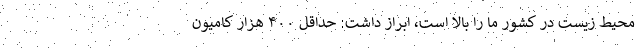
محیط زیست در کشور ما را بالا است، ابراز داشت: حداقل ۴۰۰ هزار کامیون